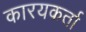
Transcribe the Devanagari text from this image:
कारयकर्ता